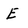
Character: E